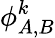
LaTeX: \phi_{A,B}^{k}